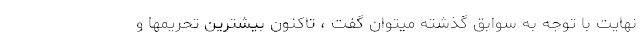
نهایت با توجه به سوابق گذشته ميتوان گفت ، تاكنون بيشترين تحريمها و